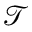
\mathcal { T }